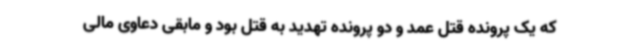
که یک پرونده قتل عمد و دو پرونده تهدید به قتل بود و مابقی دعاوی مالی